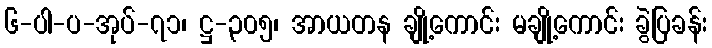
၆-ပါ-ပ-အုပ်-၇၁၊ ဋ္ဌ-၃၀၅၊ အာယတန ချို့ကောင်း မချို့ကောင်း ခွဲပြခန်း